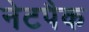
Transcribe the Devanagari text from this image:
नेटपैक